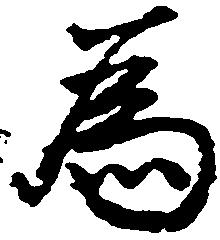
為